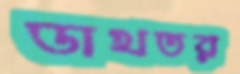
ডাখতর